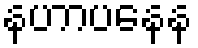
နဟာပနေန